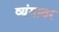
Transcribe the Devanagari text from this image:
व्यंगावर